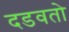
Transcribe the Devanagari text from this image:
दडवतो